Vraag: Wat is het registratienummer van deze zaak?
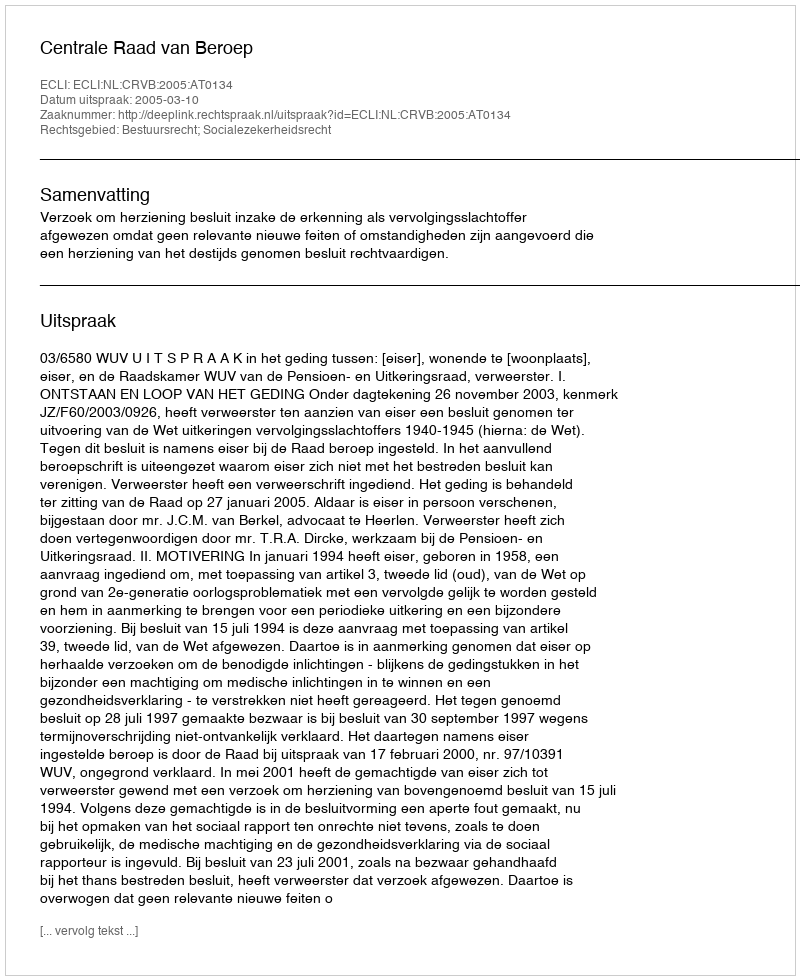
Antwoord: http://deeplink.rechtspraak.nl/uitspraak?id=ECLI:NL:CRVB:2005:AT0134